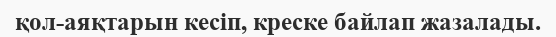
қол-аяқтарын кесіп, креске байлап жазалады.